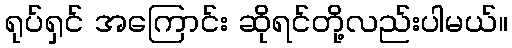
ရုပ်ရှင် အကြောင်း ဆိုရင်တို့လည်းပါမယ်။